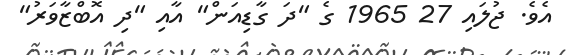
އެވެ. ޖުލައި 27 1965 ގެ "ދަ ގާޑިއަން" އާއި "ދި އޮބްޒާވަރު"